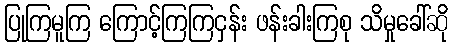
ပြုကြမူကြ ကြောင့်ကြကြငှန်း ဖန်းခါးကြစု သိမှုခေါ်ဆို